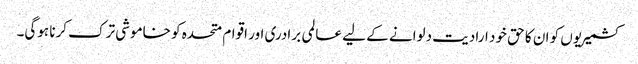
کشمیریوں کو ان کا حق خود ارادیت دلوانے کے لیے عالمی برادری اور اقوام متحدہ کو خاموشی ترک کرنا ہوگی۔